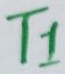
Text: T1